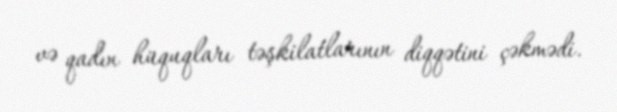
və qadın hüquqları təşkilatlarının diqqətini çəkmədi.